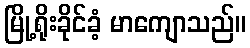
မြို့ရိုးခိုင်ခံ့ မာကျောသည်။